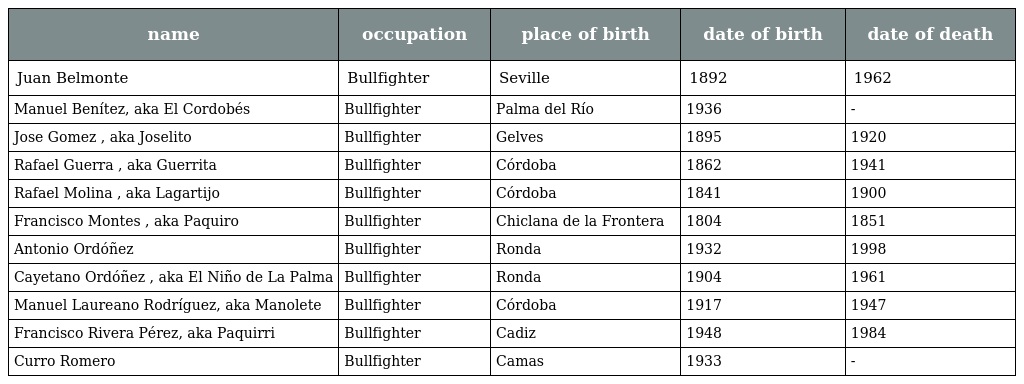
| name | occupation | place of birth | date of birth | date of death |
 | --- | --- | --- | --- | --- |
 | Juan Belmonte | Bullfighter | Seville | 1892 | 1962 |
 | Manuel Benítez, aka El Cordobés | Bullfighter | Palma del Río | 1936 | - |
 | Jose Gomez , aka Joselito | Bullfighter | Gelves | 1895 | 1920 |
 | Rafael Guerra , aka Guerrita | Bullfighter | Córdoba | 1862 | 1941 |
 | Rafael Molina , aka Lagartijo | Bullfighter | Córdoba | 1841 | 1900 |
 | Francisco Montes , aka Paquiro | Bullfighter | Chiclana de la Frontera | 1804 | 1851 |
 | Antonio Ordóñez | Bullfighter | Ronda | 1932 | 1998 |
 | Cayetano Ordóñez , aka El Niño de La Palma | Bullfighter | Ronda | 1904 | 1961 |
 | Manuel Laureano Rodríguez, aka Manolete | Bullfighter | Córdoba | 1917 | 1947 |
 | Francisco Rivera Pérez, aka Paquirri | Bullfighter | Cadiz | 1948 | 1984 |
 | Curro Romero | Bullfighter | Camas | 1933 | - |